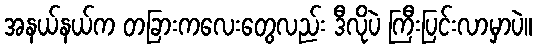
အနယ်နယ်က တခြားကလေးတွေလည်း ဒီလိုပဲ ကြီးပြင်းလာမှာပဲ။